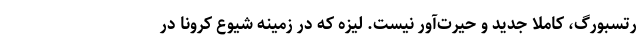
رتسبورگ، کاملا جدید و حیرت‌آور نیست. لیزه که در زمینه شیوع کرونا در